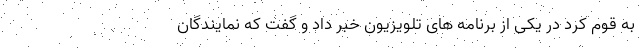
به قوم کرد در یکی از برنامه های تلویزیون خبر داد و گفت که نمایندگان